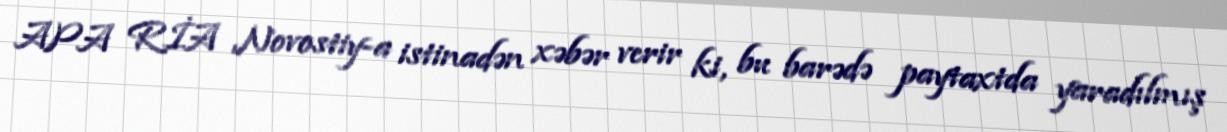
APA RİA Novostiy-a istinadən xəbər verir ki, bu barədə paytaxtda yaradılmış